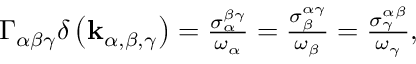
\begin{array} { r } { \Gamma _ { \alpha \beta \gamma } \delta \left( \mathbf { k } _ { \alpha , \beta , \gamma } \right) = \frac { \sigma _ { \alpha } ^ { \beta \gamma } } { \omega _ { \alpha } } = \frac { \sigma _ { \beta } ^ { \alpha \gamma } } { \omega _ { \beta } } = \frac { \sigma _ { \gamma } ^ { \alpha \beta } } { \omega _ { \gamma } } , } \end{array}